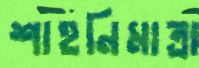
শাহনিমাত্রা